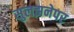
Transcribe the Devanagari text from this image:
सुलझनेपर